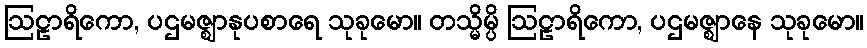
ဩဠာရိကော, ပဌမဇ္ဈာနုပစာရေ သုခုမော။ တသ္မိမ္ပိ ဩဠာရိကော, ပဌမဇ္ဈာနေ သုခုမော။